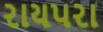
રાયપરા